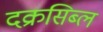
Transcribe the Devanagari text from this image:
दक्रसिब्ल